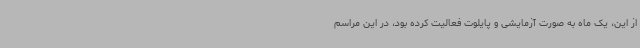
از این، یک ماه به صورت آزمایشی و پایلوت فعالیت کرده بود، در این مراسم